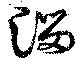
溜